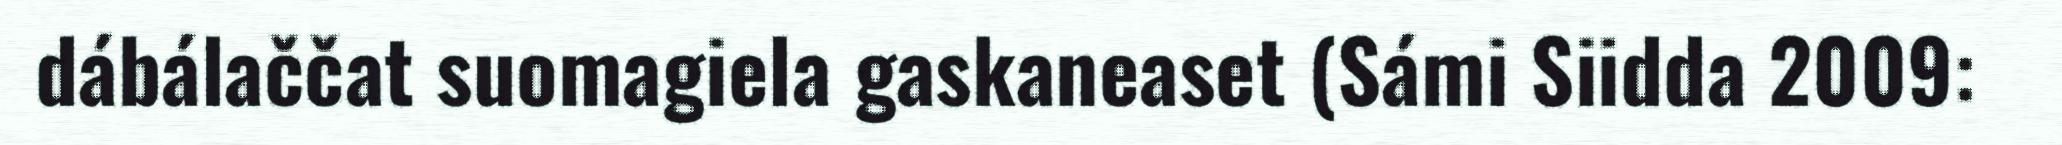
dábálaččat suomagiela gaskaneaset (Sámi Siidda 2009: